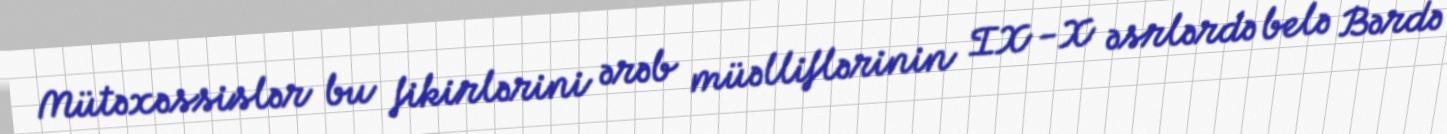
Mütəxəssislər bu fikirlərini ərəb müəlliflərinin IX -X əsrlərdə belə Bərdə